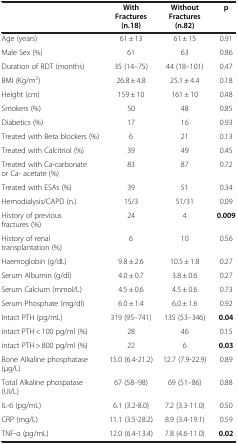
<table><thead><tr><td><b> </b></td><td><b>With Fractures (n.18)</b></td><td><b>Without Fractures (n.82)</b></td><td><b>p</b></td></tr></thead><tbody><tr><td>Age (years)</td><td>61 ± 13</td><td>61 ± 15</td><td>0.91</td></tr><tr><td>Male Sex (%)</td><td>61</td><td>63</td><td>0.86</td></tr><tr><td>Duration of RDT (months)</td><td>35 (14–75)</td><td>44 (18–101)</td><td>0.47</td></tr><tr><td>BMI (Kg/m<sup>2</sup>)</td><td>26.8 ± 4.8</td><td>25.1 ± 4.4</td><td>0.18</td></tr><tr><td>Height (cm)</td><td>159 ± 10</td><td>161 ± 10</td><td>0.48</td></tr><tr><td>Smokers (%)</td><td>50</td><td>48</td><td>0.85</td></tr><tr><td>Diabetics (%)</td><td>17</td><td>16</td><td>0.93</td></tr><tr><td>Treated with Beta blockers (%)</td><td>6</td><td>21</td><td>0.13</td></tr><tr><td>Treated with Calcitriol (%)</td><td>39</td><td>49</td><td>0.45</td></tr><tr><td>Treated with Ca-carbonate or Ca- acetate (%)</td><td>83</td><td>87</td><td>0.72</td></tr><tr><td>Treated with ESAs (%)</td><td>39</td><td>51</td><td>0.34</td></tr><tr><td>Hemodialysis/CAPD (n.)</td><td>15/3</td><td>51/31</td><td>0.09</td></tr><tr><td>History of previous fractures (%)</td><td>24</td><td>4</td><td><b>0.009</b></td></tr><tr><td>History of renal transplantation (%)</td><td>6</td><td>10</td><td>0.56</td></tr><tr><td>Haemoglobin (g/dL)</td><td>9.8 ± 2.6</td><td>10.5 ± 1.8</td><td>0.27</td></tr><tr><td>Serum Albumin (g/dl)</td><td>4.0 ± 0.7</td><td>3.8 ± 0.6</td><td>0.27</td></tr><tr><td>Serum Calcium (mmol/L)</td><td>4.5 ± 0.6</td><td>4.5 ± 0.6</td><td>0.73</td></tr><tr><td>Serum Phosphate (mg/dl)</td><td>6.0 ± 1.4</td><td>6.0 ± 1.6</td><td>0.92</td></tr><tr><td>Intact PTH (pg/mL)</td><td>319 (95–741)</td><td>135 (53–346)</td><td><b>0.04</b></td></tr><tr><td>intact PTH &lt; 100 pg/ml (%)</td><td>28</td><td>46</td><td>0.15</td></tr><tr><td>intact PTH &gt; 800 pg/ml (%)</td><td>22</td><td>6</td><td><b>0.03</b></td></tr><tr><td>Bone Alkaline phosphatase (μg/L)</td><td>15.0 (6.4-21.2)</td><td>12.7 (7.9-22.9)</td><td>0.89</td></tr><tr><td>Total Alkaline phospatase (UI/L)</td><td>67 (58–98)</td><td>69 (51–86)</td><td>0.88</td></tr><tr><td>IL-6 (pg/mL)</td><td>6.1 (3.2-8.0)</td><td>7.2 (3.3-11.0)</td><td>0.50</td></tr><tr><td>CRP (mg/L)</td><td>11.1 (3.5-28.2)</td><td>8.9 (3.4-19.1)</td><td>0.59</td></tr><tr><td>TNF-α (pg/mL)</td><td>12.0 (6.4-13.4)</td><td>7.8 (4.6-11.0)</td><td><b>0.02</b></td></tr></tbody></table>